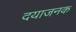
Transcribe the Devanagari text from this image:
दयाजनक